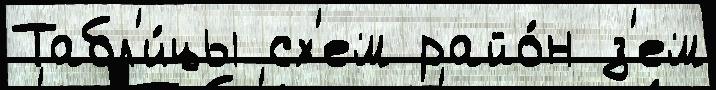
Табл'и́цы сх'ем райо́н з'ем